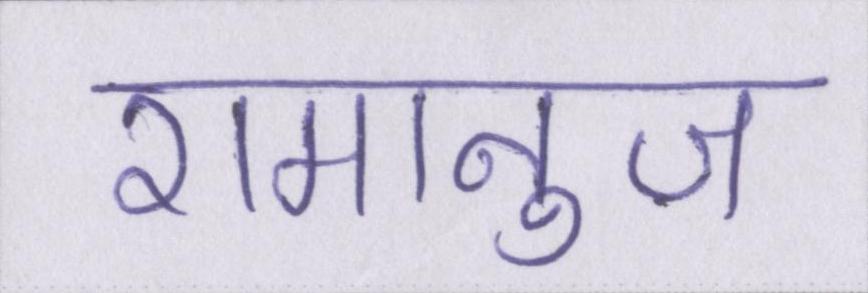
रामानुज